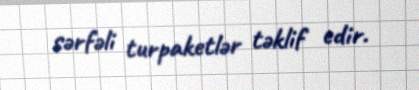
sərfəli turpaketlər təklif edir.